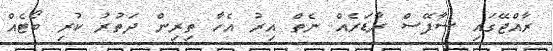
ރާއްޖޭގައި ސާފޭސް ރާޑަރެއް ނެތް އިރު އެހާ ތިރިން ދަތުރު ކުރި ބޯޓެއް